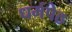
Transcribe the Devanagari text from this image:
धर्मपेठ